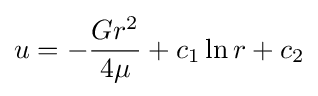
u=-{\frac {Gr^{2}}{4\mu }}+c_{1}\ln r+c_{2}